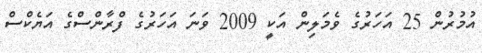
އުމުރުން 25 އަހަރުގެ ވެމަލިން އަކީ 2009 ވަނަ އަހަރުގެ ފްރާންސްގެ އަޔެކްސް